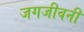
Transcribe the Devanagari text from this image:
जगजीवनी